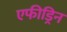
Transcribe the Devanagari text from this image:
एफीड्रिन